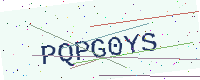
Text: PQPG0YS